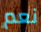
نعم